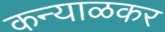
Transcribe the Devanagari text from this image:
कन्याळकर